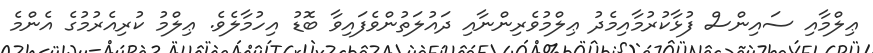
ޢިލްމާއި ސައިންސް ފުޅާކުރުމާއިމެދު ޢިލްމުވެރިންނާއި ދައުލަތުންވެފައިވާ ބޮޑު އިހުމާލެވެ. ޢިލްމު ކުރިއެރުމުގެ އެންމެ